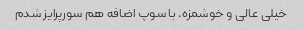
خیلی عالی و خوشمزه. با سوپ اضافه هم سورپرایز شدم